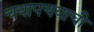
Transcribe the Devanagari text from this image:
चयापचयाची